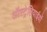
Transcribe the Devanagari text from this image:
ऑस्ट्रेलियाईयों